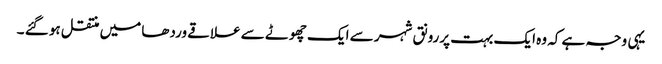
یہی وجہ ہے کہ وہ ایک بہت پررونق شہر سے ایک چھوٹے سے علاقے وردھا میں منتقل ہو گئے ۔